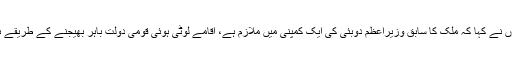
انہوں نے کہا کہ ملک کا سابق وزیراعظم دوبئی کی ایک کمپنی میں ملازم ہے، اقامے لوٹی ہوئی قومی دولت باہر بھیجنے کے طریقے ہیں۔